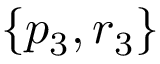
\{ p _ { 3 } , r _ { 3 } \}